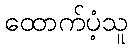
ထောက်ပံ့သူ